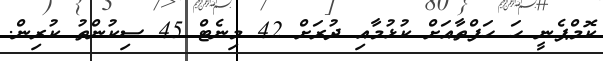
ކޮމްޕެނީ ހަ ހަފްތާއަށް ކުޅުމާއި ދުރަށް 42 މިނެޓް 45 ސިކުންތު ކުރިން.